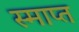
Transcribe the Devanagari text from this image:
स्माप्त